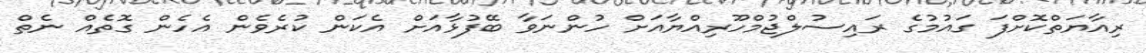
ރިއާޔަތްކޮށްފަ ގައުމުގެ ރައިސުލްޖުމްހޫރިއްޔާއަށް ހުންނަވާ ބޭފުޅާއަށް އެކަން ކުރެވެން އެހެން ގޮތެއް ނެތް